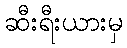
ဆီးရီးယားမှ